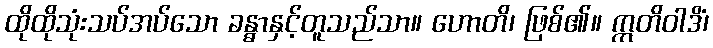
ထိုထိုသုံးသပ်အပ်သော ခန္ဓာနှင့်တူသည်သာ။ ဟောတိ၊ ဖြစ်၏။ ဣတိဝါဒိံ၊